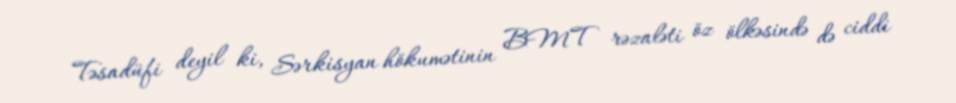
Təsadüfi deyil ki, Sərkisyan hökumətinin BMT rəzaləti öz ölkəsində də ciddi